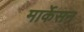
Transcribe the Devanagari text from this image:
मार्केसन